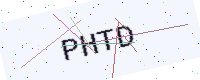
Text: PHTD